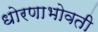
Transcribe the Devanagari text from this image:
धोरणाभोवती